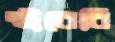
স্ট্রবেরি